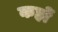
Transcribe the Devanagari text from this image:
कहों